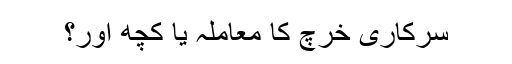
سرکاری خرچ کا معاملہ یا کچھ اور؟